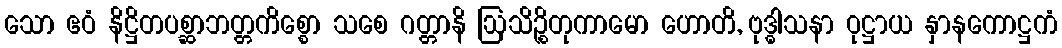
သော ဧဝံ နိဋ္ဌိတပစ္ဆာဘတ္တကိစ္စော သစေ ဂတ္တာနိ ဩသိဉ္စိတုကာမော ဟောတိ, ဗုဒ္ဓါသနာ ဝုဋ္ဌာယ နှာနကောဋ္ဌကံ